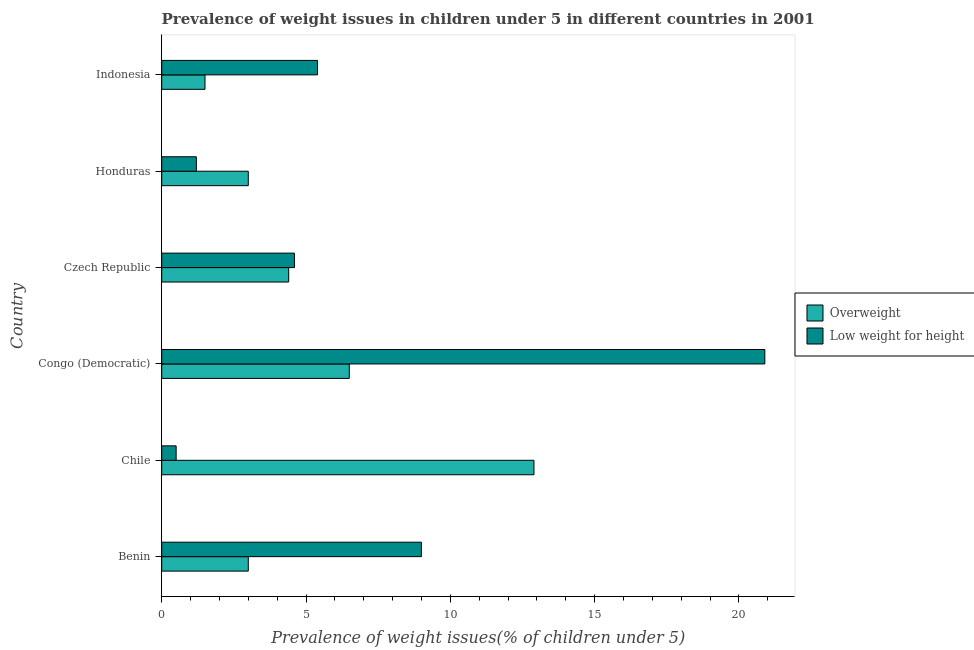
| Country | Overweight | Low weight for height |
 | --- | --- | --- |
 | Benin | 3 | 9 |
 | Chile | 12.9 | 0.5 |
 | Congo (Democratic) | 6.5 | 20.9 |
 | Czech Republic | 4.4 | 4.6 |
 | Honduras | 3 | 1.2 |
 | Indonesia | 1.5 | 5.4 |